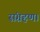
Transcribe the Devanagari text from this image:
संग्रहण।